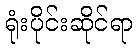
ရုံးပိုင်းဆိုင်ရာ